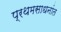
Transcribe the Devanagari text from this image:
प्रथमसाधनांत